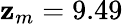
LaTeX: \mathbf{z}_{m}=9.49